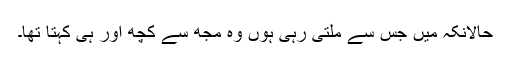
حالانکہ میں جس سے ملتی رہی ہُوں وہ مجھ سے کچھ اور ہی کہتا تھا۔